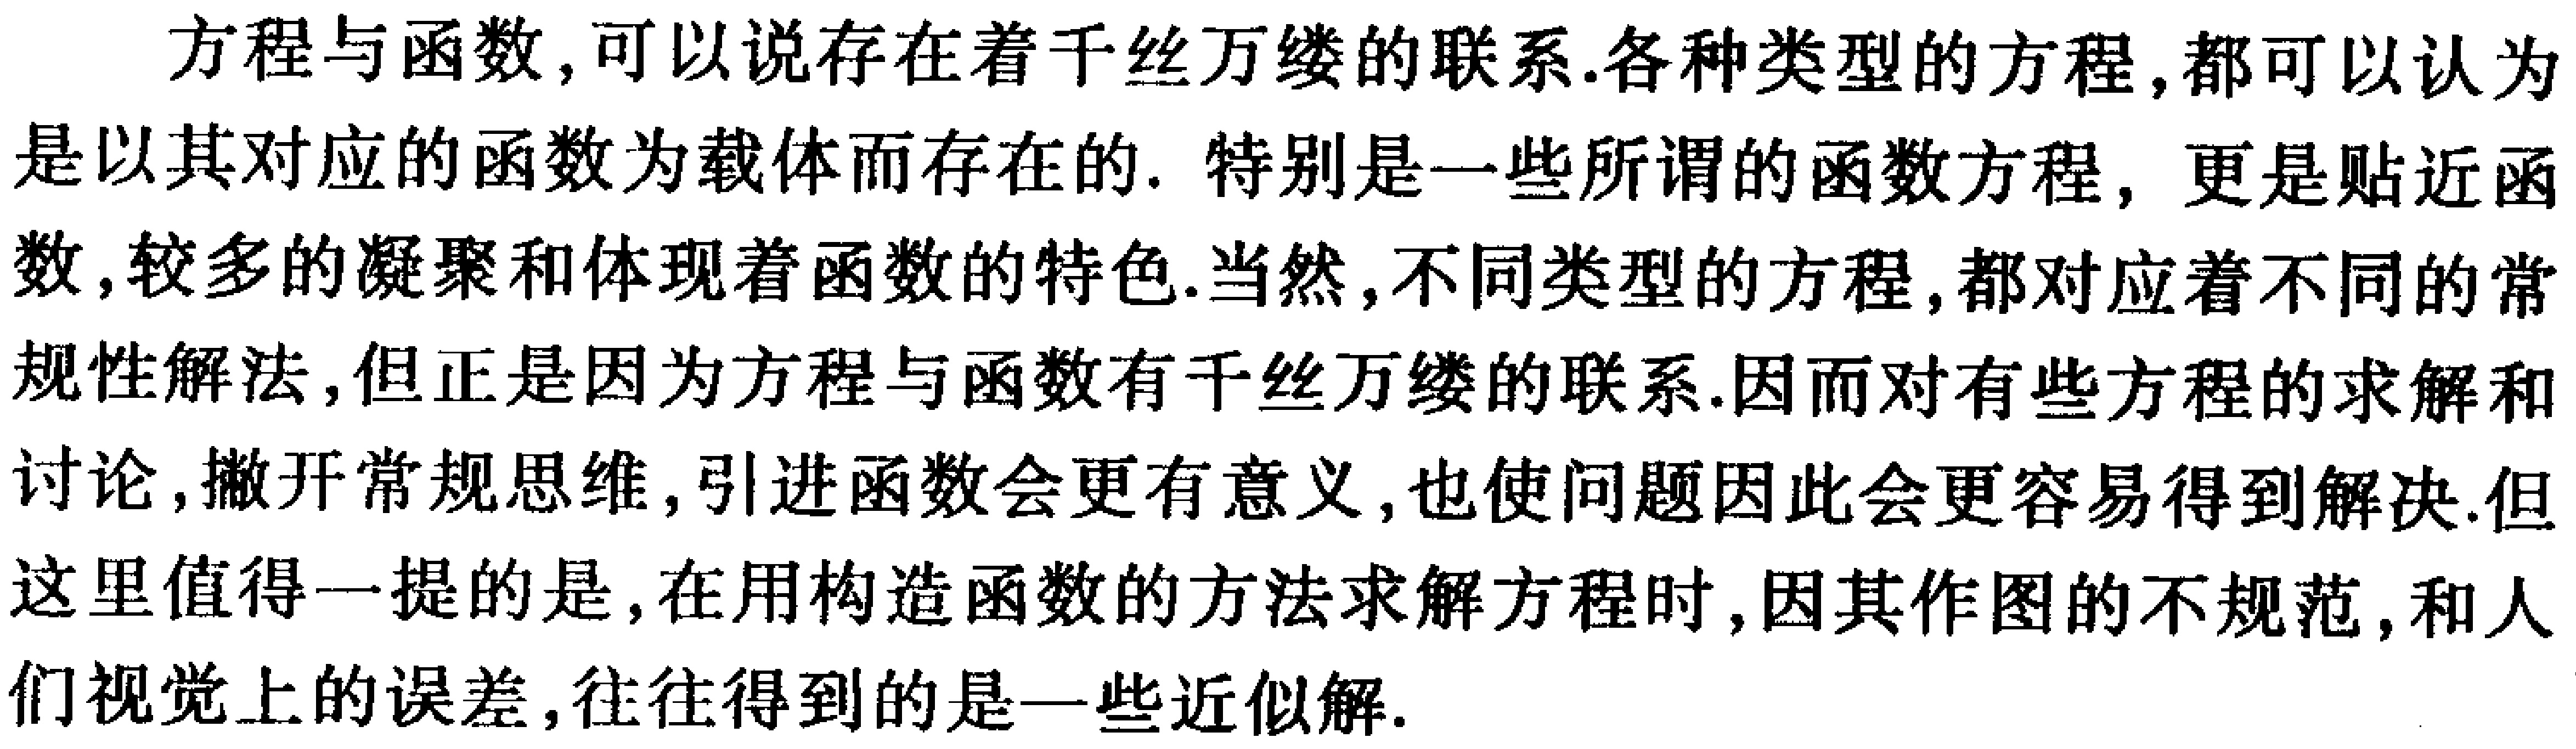
方程与函数，可以说存在着千丝万缕的联系.各种类型的方程，都可以认为是以其对应的函数为载体而存在的. 特别是一些所谓的函数方程，更是贴近函数，较多的凝聚和体现着函数的特色.当然，不同类型的方程，都对应着不同的常规性解法，但正是因为方程与函数有千丝万缕的联系.因而对有些方程的求解和讨论，撇开常规思维，引进函数会更有意义，也使问题因此会更容易得到解决.但这里值得一提的是，在用构造函数的方法求解方程时，因其作图的不规范，和人们视觉上的误差，往往得到的是一些近似解.